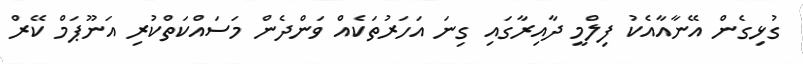
ގުޅިގެން އޭނާއާއެކު ފިލްމީ ދާއިރާގައި ގިނަ އަހަރުތަކެއް ވަންދެން މަސައްކަތްކުރި އަނޫޕަމް ކޭރް